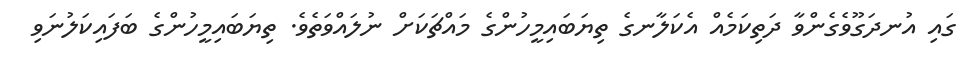
ގައި އުނދަގޫވެގެންވާ ދަތިކަމެއް އެކަލާނގެ ތިޔަބައިމީހުންގެ މައްޗަކަށް ނުލައްވަތެވެ. ތިޔަބައިމީހުންގެ ބަފައިކަލުނަވި